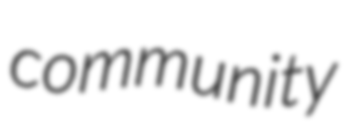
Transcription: community